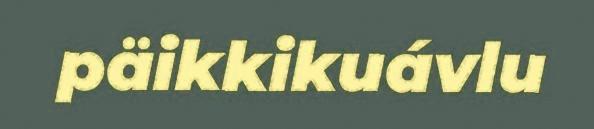
päikkikuávlu